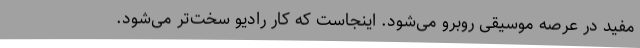
مفید در عرصه موسیقی روبرو می‌شود. اینجاست که کار رادیو سخت‌تر می‌شود.